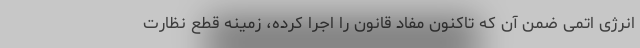
انرژی اتمی ضمن آن که تاکنون مفاد قانون را اجرا کرده، زمینه قطع نظارت